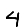
Digit: 4